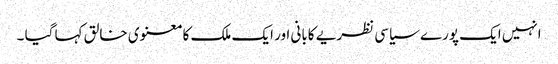
انہیں ایک پورے سیاسی نظریے کابانی اور ایک ملک کا معنوی خالق کہا گیا ۔